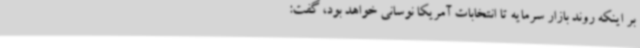
بر اینکه روند بازار سرمایه تا انتخابات آمریکا نوسانی خواهد بود، گفت: